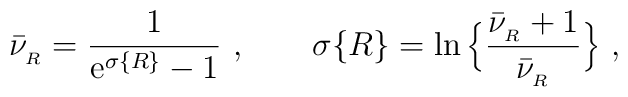
\bar\nu_{_R}={1\over {\rm e}^{\sigma\{R\}} -1}\ , \qquad \sigma\{R\}=   \ln\Big\{ {\bar\nu_{_R}+1\over\bar\nu_{_R}}\Big\} \ ,